Vital statistics of India. Vol. IV, Annual returns from 1871 to 1876. British Army of India, Native Army and jails of Bengal
Year: 1871
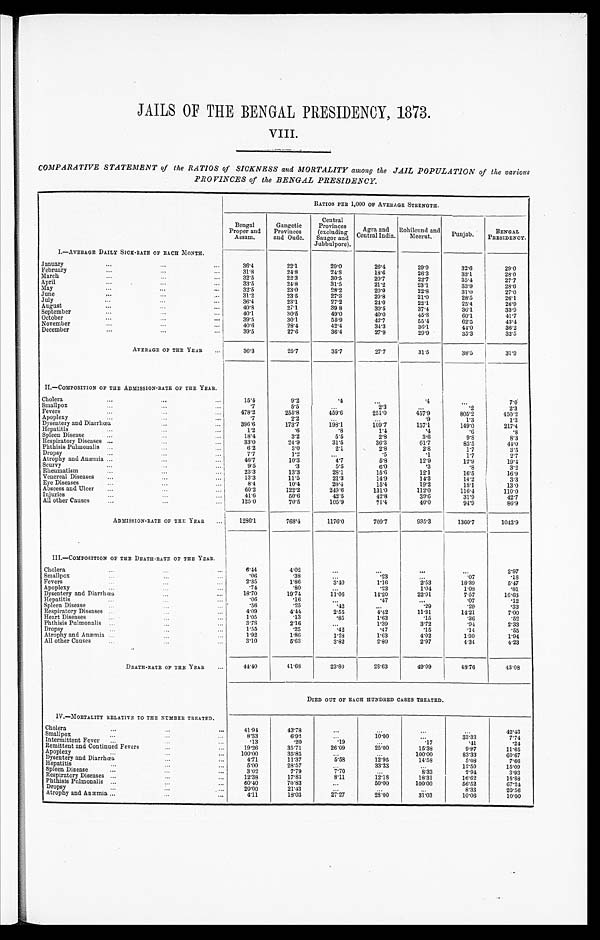
JAILS OF THE BENGAL PRESIDENCY, 1873.
VIII.
COMPARATIVE STATEMENT of the RATIOS of SICKNESS and MORTALITY among the JAIL POPULATION of the various
PROVINCES of' the BENGAL PRESIDENCY
RATIOS PER 1,000 OF AVERAGE STRENGTH.
Bengal
Proper and
Assam.
Gangetic
Provinces
and Oude.
Central
Provinces
(excluding
Saugor and
Jubbulpore).
Agra and
Central India.
Rohilcund and
Meerut.
Punjab.
BENGAL
PRESIDENCY.
I.—AVERAGE DAILY SICK-RATE OF EACH MONTH.
January ...
3 6 . 4
2 2 . 1
2 9 . 0
2 6 . 4
2 9 . 9
3 2 . 6
2 9 . 0
February ...
3 1 . 8
2 4 . 8
2 4 . 8
1 8 . 6
2 6 . 3
33.1
2 8 . 0
March ...
3 2 . 5
2 2 . 3
3 0 . 5
2 0 . 7
2 2 . 7
3 5 . 4
2 7 . 7
April ...
3 3 . 5
24.8
31.5
21.2
23.1
3 3 . 9
2 8 . 6
May ...
3 2 . 5
2 3 . 0
2 8 . 2
2 0 . 0
2 2 . 8
31.0
2 7 . 0
June ...
31.2
2 3 . 5
2 7 . 3
2 0 . 8
21.0
2 8 . 5
26.1
July ...
3 6 . 4
2 3 . 1
2 7 . 2
2 4 . 0
22.1
2 5 . 4
2 6 . 9
August ...
4 0 . 8
27.1
3 9 . 8
3 0 . 5
37.4
3 6 . 1
3 3 . 9
September ...
4 0 . 1
3 0 . 5
4 9 . 0
4 0 . 0
4 5 . 8
6 0 . 1
4 1 . 7
October ...
3 9 . 5
3 0 . 1
5 5 . 9
4 2 . 7
5 5 . 4
6 2 . 5
4 3 . 4
November ...
4 0 . 6
2 8 . 4
4 2 . 4
3 4 . 3
3 6 . 1
4 4 . 0
3 6 . 2
December ...
3 9 . 5
2 7 . 6
3 6 . 4
2 7 . 9
2 9 . 9
3 5 . 3
3 2 . 5
AVERAGE OF THE YEAR ...
3 6 . 3
2 5 . 7
3 5 . 7
2 7 . 7
3 1 . 5
3 8 . 5
31.9
II.—COMPOSITION OF THE ADMISSION-RATE OF THE YEAR.
Cholera ...
1 5 . 4
9 . 2
. 4
. . .
.4
. . .
7 . 0
Smallpox ...
.7
5 . 5
. . .
2 . 3
. . .
.2
2 . 3
Fevers ...
4 7 8 . 2
255. 8
459. 6
2 5 1 . 0
457. 9
805. 2
450.2
Apoplexy ...
.7
2 . 2
. . .
. . .
.9
1 . 3
1 . 3
Dysentery and Diarrhœa ...
3 9 6 . 6
173. 7
198.1
1 0 9 . 7
157.1
149. 0
2 1 7 . 4
Hepatitis ...
1 . 2
.6
.8
1 . 4
. 4
.6
.8
Spleen Disease ...
1 8 . 4
3 . 2
5.5
2 . 8
3.6
9 . 8
8 . 3
Respiratory Diseases ...
3 3 . 0
24.9
31.5
3 6 . 3
61.7
8 5 . 5
44.0
Phthisis Pulmonalis ...
6.2
3 . 0
2.1
2 . 8
2 . 8
1.7
3.5
Dropsy ...
7.7
1 . 2
. . .
.5
.1
1.7
2 . 7
Atrophy and Anæmia ...
4 6 . 7
10. 3
4 . 7
5 . 8
1 2 . 9
1 2 . 9
1 9 . 4
Scurvy ...
9 . 5
.3
5 . 5
6 . 0
.3
.8
3.2
R h e u m a t i s m . . .
2 3 . 3
1 3 . 3
2 8 . 1
1 5 . 6
1 2 . 1
1 6 . 5
1 6 . 9
Venereal Diseases ...
13.3
11.5
21. 3
1 4 . 9
14.3
1 4 . 2
3 . 3
Eye Diseases ...
8 . 4
10. 4
2 0 . 4
1 5 . 4
19.2
1 8 . 1
13.0
Abscess and Ulcer ...
6 0 . 2
122. 2
249.6
1 3 1 . 0
112. 0
116. 4
110.0
Injuries ...
4 1 . 6
5 0 . 6
42. 5
4 2 . 8
3 9 . 6
31.9
4 2 . 7
All other Causes ...
1 2 5 . 0
70. 5
105. 9
7 1 . 4
4 0 . 0
9 4 . 9
8 6 . 9
ADMISSION-RATE OF THE YEAR ...
1286. 1
768. 4
1176. 0
7 0 9 . 7
935. 3
1360. 7
1 0 4 2 . 9
III.—COMPOSITION OF THE DEATH-RATE OF THE YEAR.
Cholera ...
6 . 4 4
4 . 0 2
. . .
. . .
. . .
. . .
2 . 9 7
Smallpox ...
.06
.38
. . .
.23
. . .
.07
.18
Fevers ...
2 . 3 5
1 . 8 6
3 . 4 0
1.16
2 . 5 3
1 8 . 3 9
5 . 4 7
Apoplexy ...
.74
. 8 0
. . .
.23
1 . 0 4
1.08
.81
Dysentery and Diarrhœa ...
1 8 . 7 0
19. 74
1 1 . 0 6
14. 20
22. 91
7.57
16.63
H e p a t i t i s . . .
.06
. 1 6
. . .
. 4 7
. . .
. 0 7
.12
Spleen Disease ...
.56
.25
.42
. . .
.29
.29
.33
Respiratory Diseases ...
4 . 0 9
4 . 4 4
2 . 5 5
4. 42
11. 31
1 4 . 2 1
7 . 0 0
Heart Diseases ...
1 . 0 5
.13
.85
1. 63
.15
.36
.52
Phthisis Pulmonalis ...
3.78
2 . 1 6
. . .
1.39
3 . 7 2
. 9 4
2 . 3 3
Dropsy ....
1.55
.25
.42
.47
.15
.14
.55
Atrophy and Anæmia ...
1.92
1 . 8 6
1.28
1. 63
4 . 0 2
1 . 3 0
1 . 9 4
A l l o t h e r C a u s e s . . .
3 . 1 0
5 . 6 3
3 . 8 2
2. 80
2 . 9 7
4 . 3 4
4.23
DRATH- RATE OF THE YEAR ...
44.40
41. 68
2 3 . 8 0
28.63
49. 09
4 8 . 7 6
4 3 . 0 8
DIED OUT OF EACH HUNDRED CASES TREATED.
IV.-MORTALITY RELATIVE TO THE NUMBER TREATED.
Cholera ...
4 1 . 9 4
4 3 . 7 8
. . .
. . .
. . .
. . .
42. 43
S m a l l p o x . . .
8 . 3 3
6 . 9 2
...
10.00
. . .
3 3 . 3 3
7.74
Intermittent Fever ...
. 1 3
.20
.19
. . .
.17
.41
.24
Remittent and Continued Fevers ...
1 9 . 2 6
35.71
26.09
25.00
1 5 . 3 8
9 . 8 7
11.65
Apoplexy ...
100. 00
3 5 . 8 5
. . .
. . . 100. 00
8 3 . 3 3
60. 67
Dysentery and Diarrhœa ...
4.71
1 1 . 3 7
5.58
12.95
1 4 . 5 8
5 . 0 8
7 . 6 6
Hepatitis ...
5 . 0 0
28.57
....
33.33
. . .
1 2 . 5 0
15. 09
S p l e e n D i s e a s e . . .
3.02
7 . 7 9
7 . 7 0
. . . 8 . 3 3
2 . 9 4
3 . 9 3
Respiratory Diseases ...
1 2 . 3 8
17.83
8.11
12.18
1 8 . 3 1
1 6 . 6 2
15. 88
P h t h i s i s P u l m o n a l i s . . .
60. 40
70. 83
. . . 50.00
100. 00
5 6 . 5 2
67. 24
Dropsy ...
2 0 . 0 0
2 1 . 4 3
. . .
. . .
. . .
8 . 3 3
20. 56
A t r o p h y a n d A n æ m i a . . .
4 . 1 1
1 8 . 0 3
27.27
28.00
3 1 . 0 3
1 0 . 0 6
10. 00